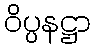
ဝိပ္ပနဋ္ဌာ